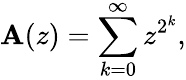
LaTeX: \mathbf{A}(z)=\sum_{k=0}^{\infty}z^{2^{k}},